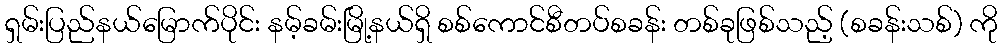
ရှမ်းပြည်နယ်မြောက်ပိုင်း နမ့်ခမ်းမြို့နယ်ရှိ စစ်ကောင်စီတပ်စခန်း တစ်ခုဖြစ်သည့် (စခန်းသစ်) ကို